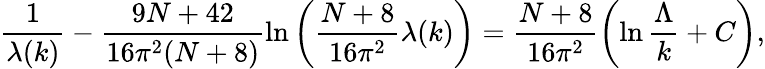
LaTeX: \frac{1}{\lambda(k)}-\frac{9N+42}{16\pi^{2}(N+8)}\ln\left(\frac{N+8}{16\pi^{2}}\lambda(k)\right)=\frac{N+8}{16\pi^{2}}\left(\ln\frac{\Lambda}{k}+C\right),